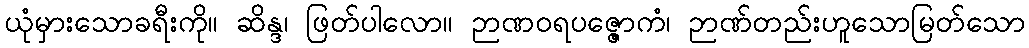
ယုံမှားသောခရီးကို။ ဆိန္ဒ၊ ဖြတ်ပါလော။ ဉာဏဝရပဇ္ဇောကံ၊ ဉာဏ်တည်းဟူသောမြတ်သော